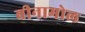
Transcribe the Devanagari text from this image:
बीनामोल